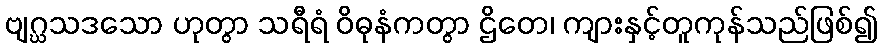
ဗျဂ္ဃသဒသော ဟုတွာ သရီရံ ဝိဓုနံကတွာ ဌိတေ၊ ကျားနှင့်တူကုန်သည်ဖြစ်၍